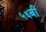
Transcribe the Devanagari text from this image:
५६बी